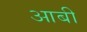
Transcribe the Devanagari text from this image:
आबी